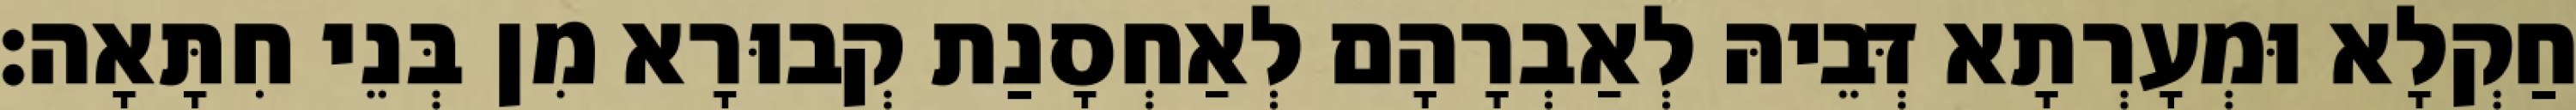
חַקְלָא וּמְעָרְתָא דְּבֵיהּ לְאַבְרָהָם לְאַחְסָנַת קְבוּרָא מִן בְּנֵי חִתָּאָה׃